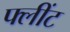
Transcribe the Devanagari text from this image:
फ्लींट